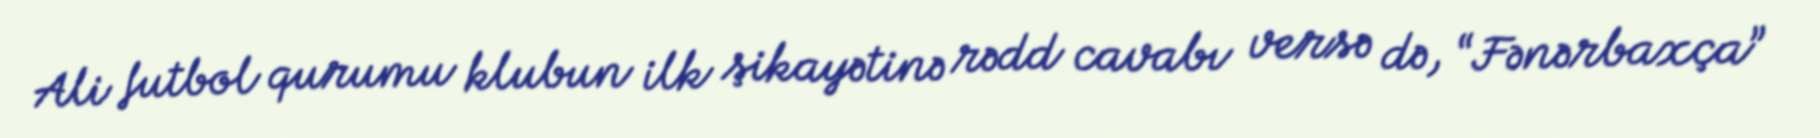
Ali futbol qurumu klubun ilk şikayətinə rədd cavabı versə də, “Fənərbaxça”